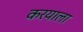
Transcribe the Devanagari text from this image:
करयाला